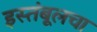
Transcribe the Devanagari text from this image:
इस्तंबूलचा